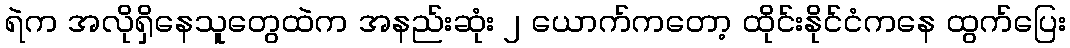
ရဲက အလိုရှိနေသူတွေထဲက အနည်းဆုံး ၂ ယောက်ကတော့ ထိုင်းနိုင်ငံကနေ ထွက်ပြေး